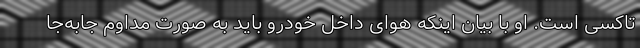
تاکسی است. او با بیان اینکه هوای داخل خودرو باید به صورت مداوم جابه‌جا